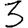
Digit: 3